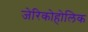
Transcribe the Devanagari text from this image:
जेरिकोहोलिक